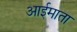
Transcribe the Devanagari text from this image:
आईमाता